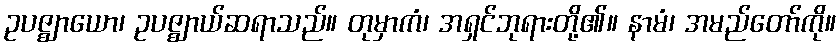
ဥပဇ္ဈာယော၊ ဥပဇ္ဈာယ်ဆရာသည်။ တုမှာကံ၊ အရှင်ဘုရားတို့၏။ နာမံ၊ အမည်တော်ကို။